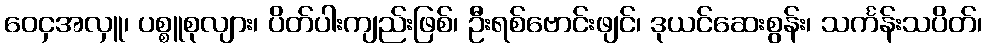
ဝေငှအလှူ၊ ပစ္စူစုလျား၊ ပိတ်ပါးကျည်းဖြစ်၊ ဦးရစ်ဗောင်းဖျင်၊ ဒုယင်ဆေးစွန်း၊ သင်္ကန်းသပိတ်၊